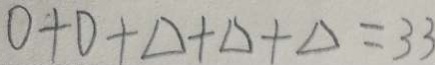
0 + D + \Delta + \Delta + \Delta = 3 3